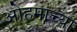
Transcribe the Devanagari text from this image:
ओहमाच्या